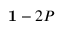
{ \bf 1 } - 2 P